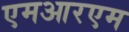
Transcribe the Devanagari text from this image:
एमआरएम